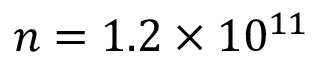
n = 1 . 2 \times 1 0 ^ { 1 1 }